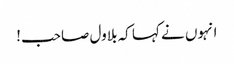
انہوں نے کہا کہ بلاول صاحب!